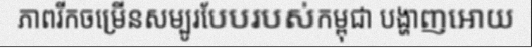
ភាពរីកចម្រើនសម្បូរបែបរបស់កម្ពុជា បង្ហាញអោយ